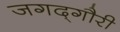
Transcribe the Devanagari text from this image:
जगद्‌गौरी